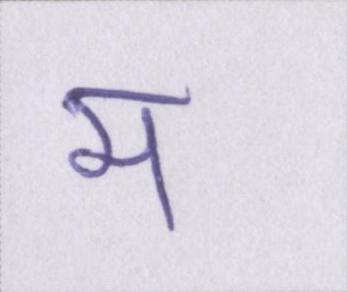
म